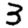
Digit: 3